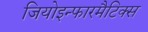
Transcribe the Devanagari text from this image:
जियोइन्फारमैटिक्स